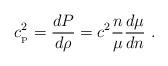
LaTeX: \begin{align*}c_{_{\rm P}}^2= {dP\over d\rho}= c^2{n\over \mu}{d\mu\over dn} \ . \end{align*}